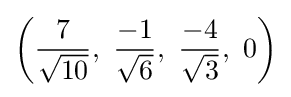
\left({\frac {7}{\sqrt {10}}},\ {\frac {-1}{\sqrt {6}}},\ {\frac {-4}{\sqrt {3}}},\ 0\right)